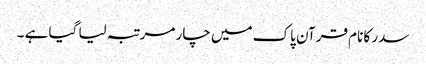
سدر کا نام قرآن پاک میں چار مرتبہ لیا گیا ہے ۔